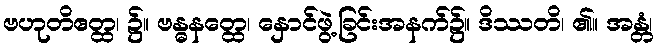
ဗဟုတိဧတ္ထ၊ ၌။ ဗန္ဓနတ္ထေ၊ နှောင်ဖွဲ့ခြင်းအနက်၌။ ဒိဿတိ၊ ၏။ အန္တံ၊